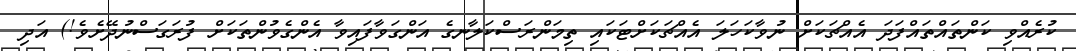
ކުރެއްވި ކަންތައްތައްފަދަ އެއްޗަކަށް ނުވާކަހަލަ އެއްޗަކަށްޓަކައި ތިމަންރަސްކަލާނގެ އަންގަވާފައިވާ އެންގެވުންތަކަށް ފުރަގަސްނުދޭށެވެ!) އަދި